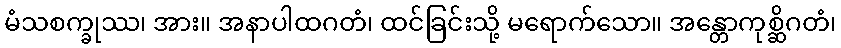
မံသစက္ခုဿ၊ အား။ အနာပါထဂတံ၊ ထင်ခြင်းသို့ မရောက်သော။ အန္တောကုစ္ဆိဂတံ၊